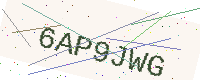
Text: 6AP9JWG